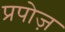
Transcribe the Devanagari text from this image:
प्रपोज़